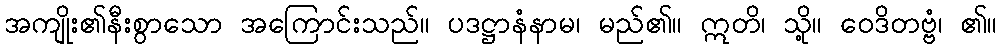
အကျိုး၏နီးစွာသော အကြောင်းသည်။ ပဒဋ္ဌာနံနာမ၊ မည်၏။ ဣတိ၊ သို့။ ဝေဒိတဗ္ဗံ၊ ၏။